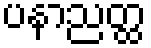
ပနာညတ္ထ